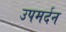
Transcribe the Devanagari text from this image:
उपमर्दन